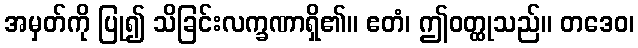
အမှတ်ကို ပြု၍ သိခြင်းလက္ခဏာရှိ၏။ ဧတံ၊ ဤဝတ္ထုသည်။ တဒေဝ၊